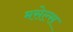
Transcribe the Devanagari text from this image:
मसेल्स